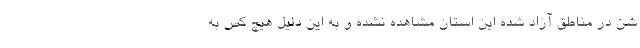
شن در مناطق آزاد شده این استان مشاهده نشده و به این دلیل هیچ کس به